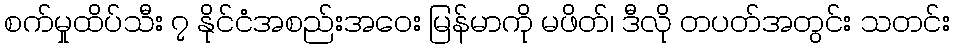
စက်မှုထိပ်သီး ၇ နိုင်ငံအစည်းအဝေး မြန်မာကို မဖိတ်၊ ဒီလို တပတ်အတွင်း သတင်း